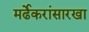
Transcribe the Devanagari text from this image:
मर्ढेकरांसारखा